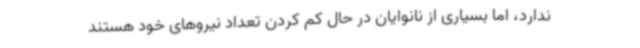
ندارد، اما بسیاری از نانوایان در حال کم ‌کردن تعداد نیروهای خود هستند